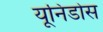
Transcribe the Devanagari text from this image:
यूनिडोस